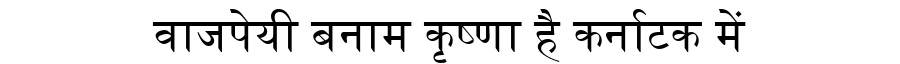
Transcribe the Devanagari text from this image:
वाजपेयी बनाम कृष्णा है कर्नाटक में